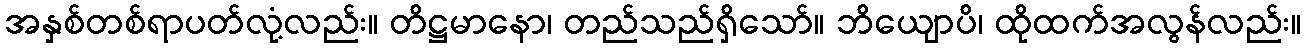
အနှစ်တစ်ရာပတ်လုံ့လည်း။ တိဋ္ဌမာနော၊ တည်သည်ရှိသော်။ ဘိယျောပိ၊ ထိုထက်အလွန်လည်း။